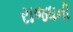
રાજધની